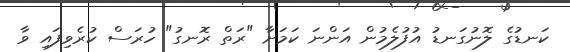
ކަނޑުގެ ލޮނުގަނޑު އުފުލެމުން އަންނަ ކަމަށާ "ރަތް ރޮނގު" ހުރަސް ކުރެވިފައި ވާ